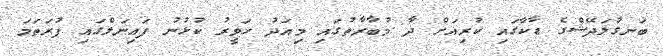
ބަނގުލަދޭޝްގެ ޑާކާގައި ކުރިއަށް ދާ މުބާރާތުގައި މިއަދު ހަވީރު ކުޅުނު ފައިނަލްގައި ފުރަތަމަ